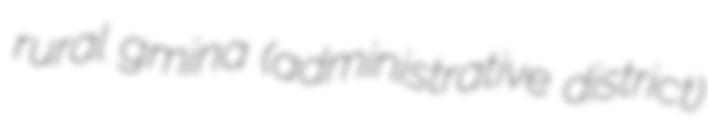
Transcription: rural gmina (administrative district)